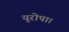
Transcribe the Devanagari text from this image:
यूरोपा।